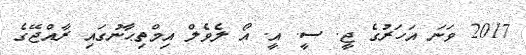
2017 ވަނަ އަހަރުގެ ޖީ. ސީ. އީ. އޯ ލެވެލް އިމްތިޙާނުގައި ރާއްޖޭގެ